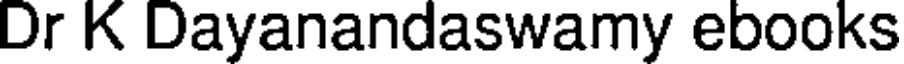
Dr K Dayanandaswamy ebooks